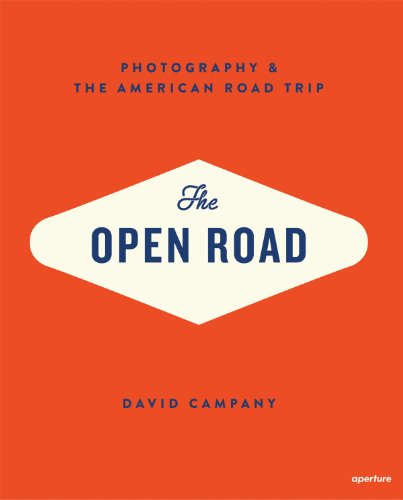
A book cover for The Open Road: Photography and the American Roadtrip; Arts & Photography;